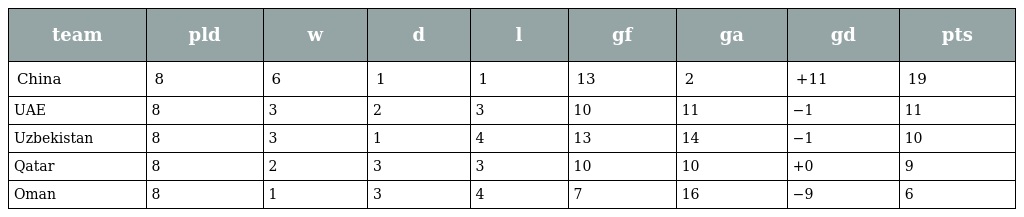
| team | pld | w | d | l | gf | ga | gd | pts |
 | --- | --- | --- | --- | --- | --- | --- | --- | --- |
 | China | 8 | 6 | 1 | 1 | 13 | 2 | +11 | 19 |
 | UAE | 8 | 3 | 2 | 3 | 10 | 11 | −1 | 11 |
 | Uzbekistan | 8 | 3 | 1 | 4 | 13 | 14 | −1 | 10 |
 | Qatar | 8 | 2 | 3 | 3 | 10 | 10 | +0 | 9 |
 | Oman | 8 | 1 | 3 | 4 | 7 | 16 | −9 | 6 |